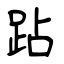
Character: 跕